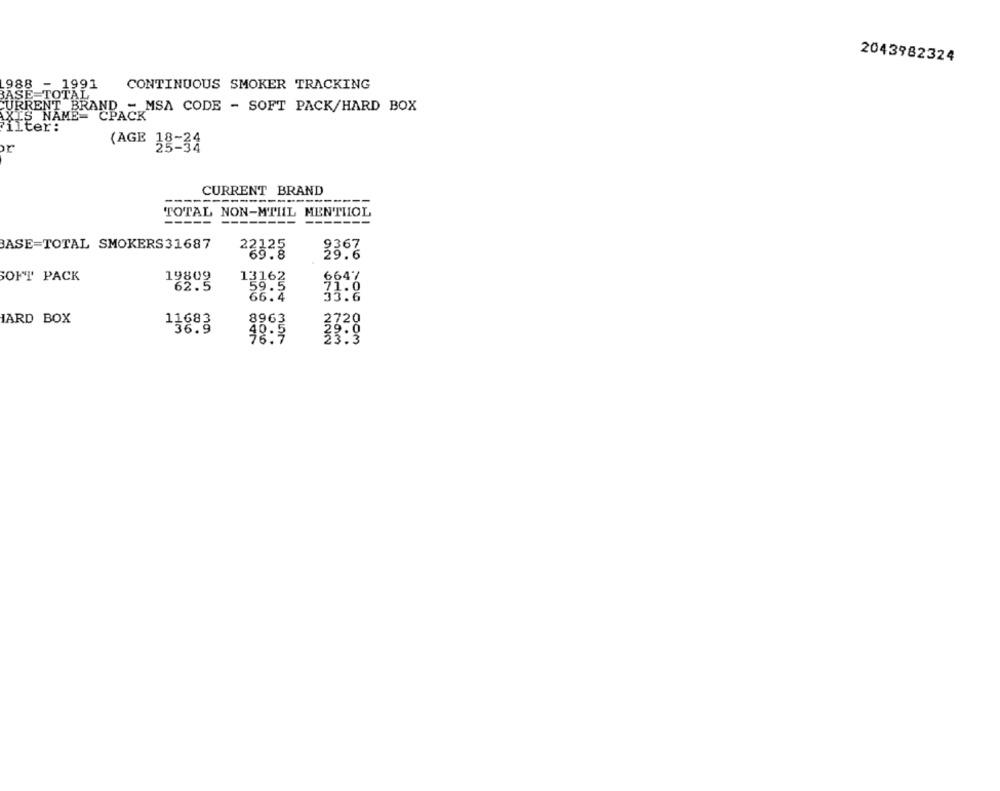
2043982324
988 - 1991
CONTINUOUS SMOKER TRACKING
BASE=TOTAL"
CURRENT BRAND - MSA CODE - SOFT PACK/HARD BOX
XIS NAME= CPACK
Filter:
(AGE 38-34
CURRENT BRAND
-------------
---
----
TOTAL NON-MTIIL MENTHOL
-----
--------
-----
BASE=TOTAL SMOKERS31687
ma
22323
SOFT PACK
19809
6647
62.5
13363
71.0
HARD BOX
11683
8963
2720
40:3